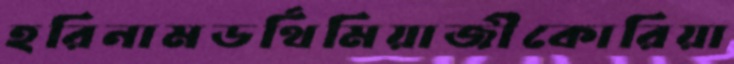
হরিনামডর্থিমিয়াজীকোরিয়া